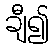
ချီ၍